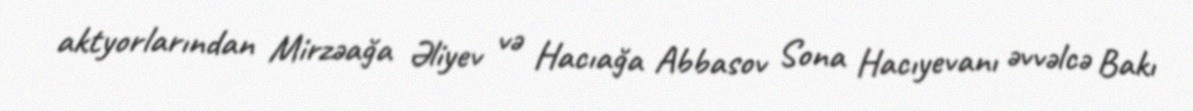
aktyorlarından Mirzəağa Əliyev və Hacıağa Abbasov Sona Hacıyevanı əvvəlcə Bakı